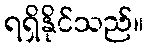
ရရှိနိုင်သည်။